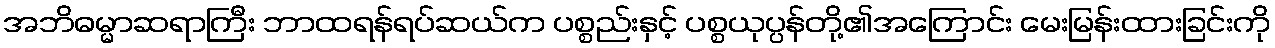
အဘိဓမ္မာဆရာကြီး ဘာထရန်ရပ်ဆယ်က ပစ္စည်းနှင့် ပစ္စယုပ္ပန်တို့၏အကြောင်း မေးမြန်းထားခြင်းကို